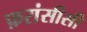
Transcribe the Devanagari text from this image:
फ़रांसीसी